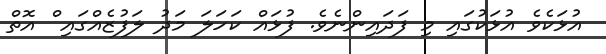
އުޅަކެވެ އުޅަކުގައި މި ފަދައިންނެވެ. ފުޅައް ކަހަލަ މަދު ލަފުޒެއްގައި ް އޮތް